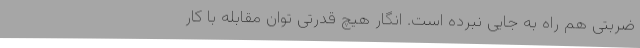
ضربتی هم راه به جایی نبرده است. انگار هیچ قدرتی توان مقابله با کار